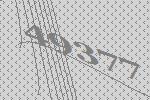
49377